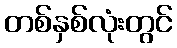
တစ်နှစ်လုံးတွင်